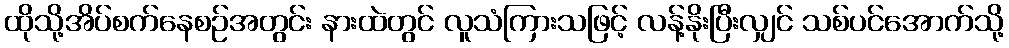
ထိုသို့အိပ်စက်နေစဉ်အတွင်း နားထဲတွင် လူသံကြားသဖြင့် လန့်နိုးပြီးလျှင် သစ်ပင်အောက်သို့